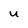
Character: U